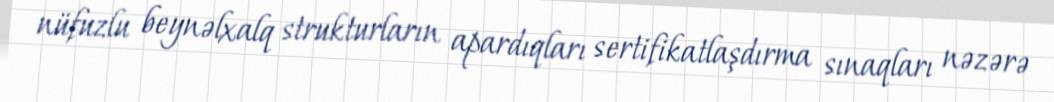
nüfuzlu beynəlxalq strukturların apardıqları sertifikatlaşdırma sınaqları nəzərə